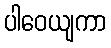
ပါဝေယျကာ